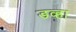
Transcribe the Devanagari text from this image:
डव्हा